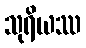
သုရိယဿ